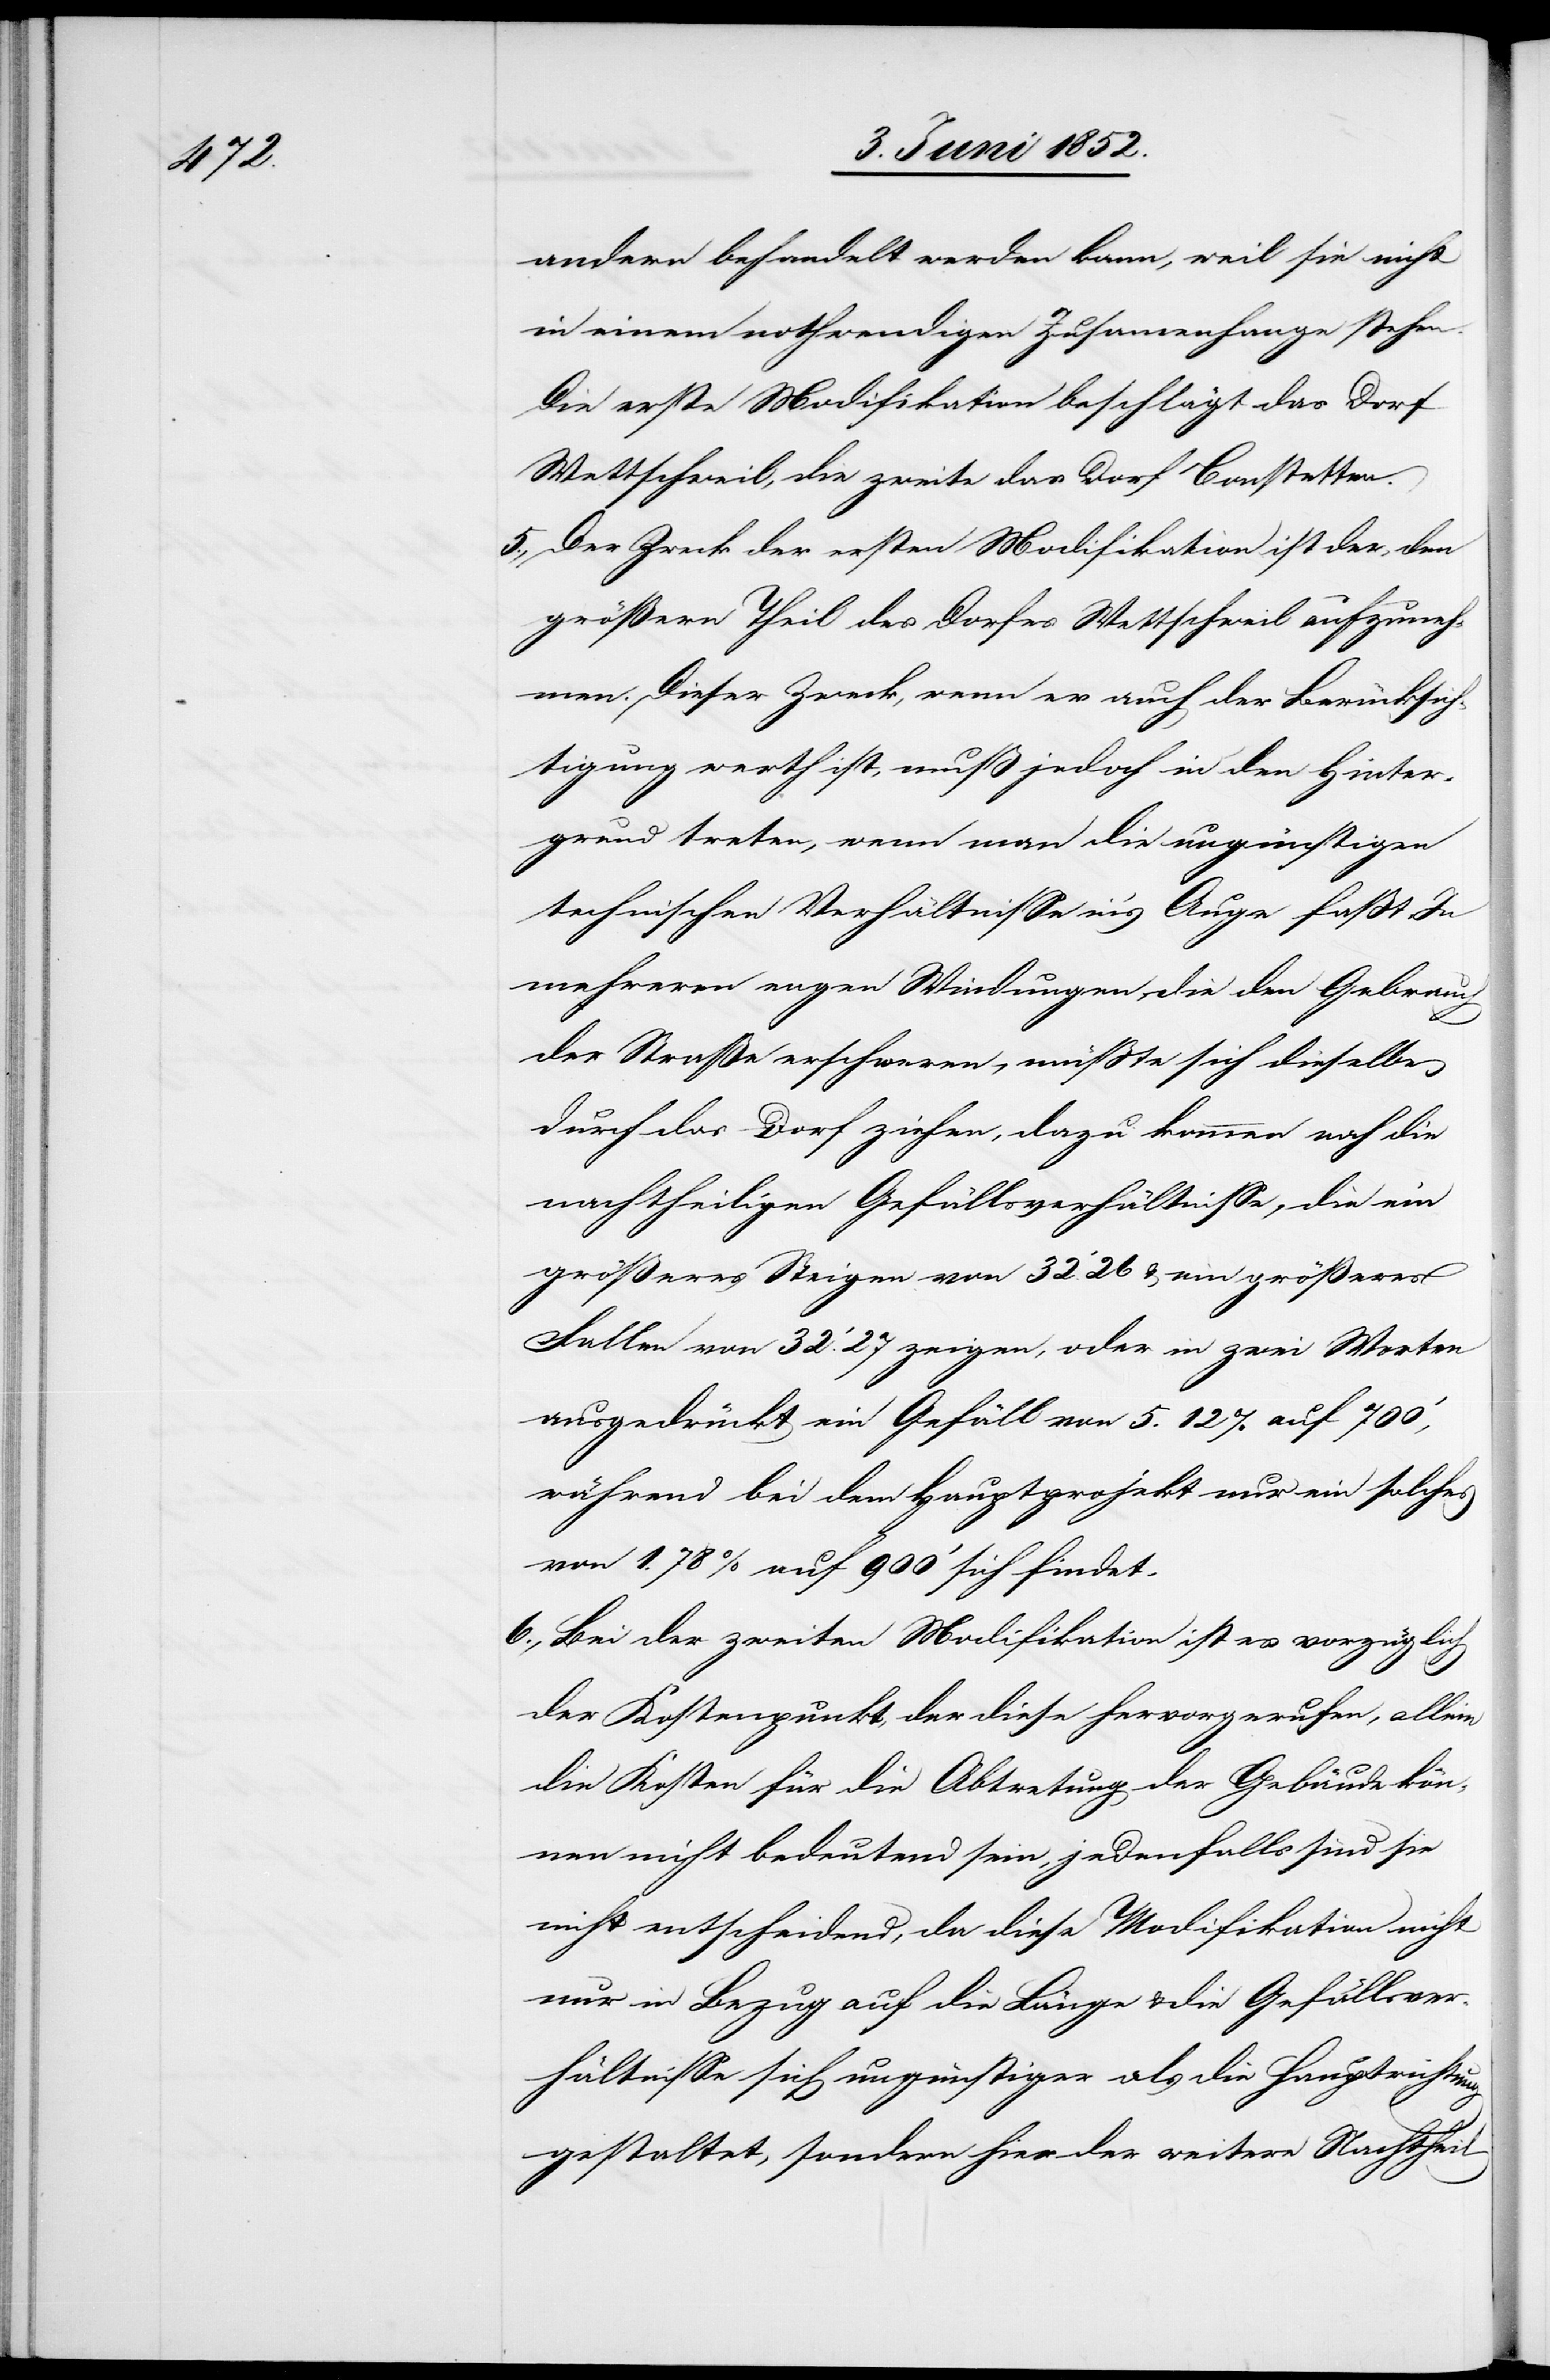
andern behandelt werden kann, weil sie nicht
in einem nothwendigen Zusam[m]enhange stehen.
Die erste Modifikation beschlägt das Dorf
Wettschweil, die zweite das Dorf Bonstetten.
Der Zweck der ersten Modifikation ist der, den
größern Theil des Dorfes Wettschweil aufzuneh¬
men. Dieser Zweck, wenn er auch der Berücksich¬
tigung werth ist, muß jedoch in den Hinter¬
grund treten, wenn man die ungünstigen
technischen Verhältnisse in’s Auge fasst. In
mehreren engen Windungen, die den Gebrau¬
ch
der Straße erschweren, müsste sich dieselbe
durch das Dorf ziehen, dazu kommen noch die
nachtheiligen Gefällsverhältnisse, die ein
größeres Steigen von 32‘.26 & ein größeres
Fallen von 32‘.27 zeigen, oder in zwei Worten
ausgedrückt ein Gefäll von 5.12% auf 700‘,
während bei dem Hauptprojekt nur ein solches
von 1.78% auf 900‘ sich findet.
Bei der zweiten Modifikation ist es vorzüglich
der Kostenpunkt, der diese hervorgerufen, allein
die Kosten für die Abtretung der Gebäude kön¬
nen nicht bedeutend sein, jedenfalls sind sie
nicht entscheidend, da diese Modifikation nicht
nur in Bezug auf die Länge & die Gefällsver¬
hältnisse sich ungünstiger als die Hauptrichtung
gestaltet, sondern hier der weitere Nachtheil